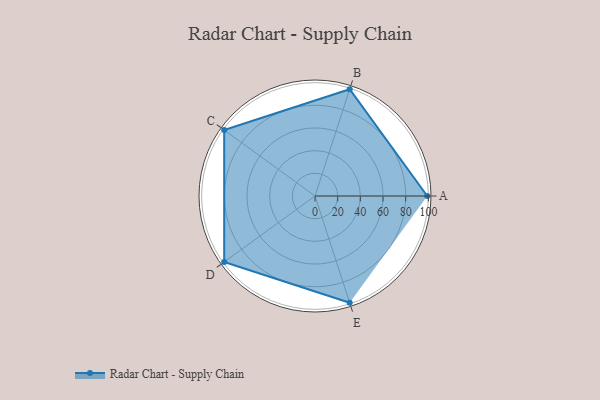
{"axis": {"x": "Skill", "y": "Score"}, "legend": ["Profile"], "data": [{"x": "A", "y": 99, "type": "Profile"}, {"x": "B", "y": 99, "type": "Profile"}, {"x": "C", "y": 99, "type": "Profile"}, {"x": "D", "y": 99, "type": "Profile"}, {"x": "E", "y": 99, "type": "Profile"}]}